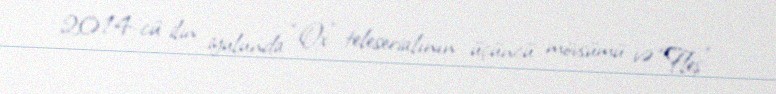
2014-cü ilin iyulunda “Ox” teleserialının üçüncü mövsümü və “Fleş”